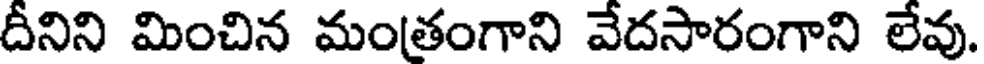
దీనిని మించిన మంతంగాని వేదసారంగాని లేవు.